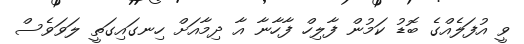
ވީ އުފަލެއްގެ ބޮޑު ކަމުން ފާލިހް ފާހާނާ އާ ދިމާއަށް ހިނގައިގަތީ ލަވަވެސް